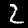
Label: 2